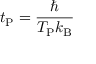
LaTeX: t _ { \mathrm { P } } = { \frac { \hbar } { T _ { \mathrm { P } } k _ { \mathrm { B } } } }